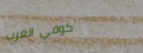
كوفي الغرب